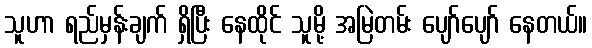
သူဟာ ရည်မှန်းချက် ရှိပြီး နေထိုင် သူမို့ အမြဲတမ်း ပျော်ပျော် နေတယ်။